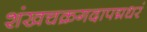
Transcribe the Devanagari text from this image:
शंखचक्रगदापद्मधरं